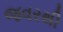
જવરથી